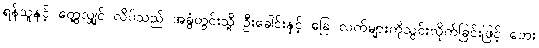
ရန်သူနှင့် တွေ့လျှင် လိပ်သည် အခွံတွင်းသို့ ဦးခေါင်းနှင့် ခြေ လက်များကိုသွင်းလိုက်ခြင်းဖြင့် ဘေး